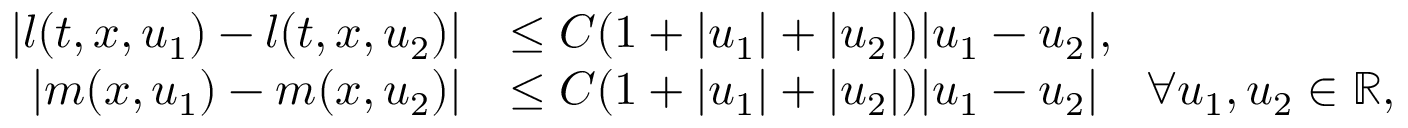
\begin{array} { r l } { | l ( t , x , u _ { 1 } ) - l ( t , x , u _ { 2 } ) | } & { \leq C ( 1 + | u _ { 1 } | + | u _ { 2 } | ) | u _ { 1 } - u _ { 2 } | , } \\ { | m ( x , u _ { 1 } ) - m ( x , u _ { 2 } ) | } & { \leq C ( 1 + | u _ { 1 } | + | u _ { 2 } | ) | u _ { 1 } - u _ { 2 } | \quad \forall u _ { 1 } , u _ { 2 } \in \mathbb { R } , } \end{array}